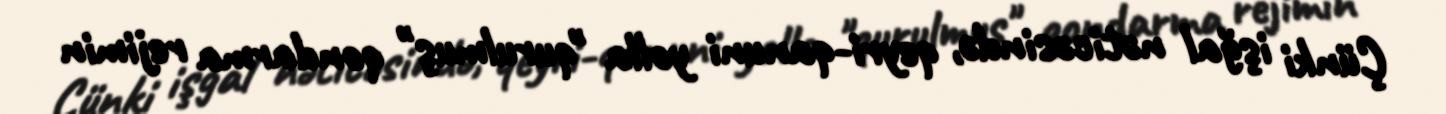
Çünki işğal nəticəsində, qeyri-qanuni yolla "qurulmuş" qondarma rejimin